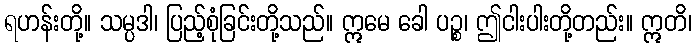
ရဟန်းတို့။ သမ္ပဒါ၊ ပြည့်စုံခြင်းတို့သည်။ ဣမေ ခေါ ပဉ္စ၊ ဤငါးပါးတို့တည်း။ ဣတိ၊